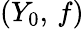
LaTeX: (Y_{0},\, f)